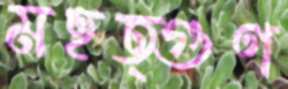
মহত্গুণ